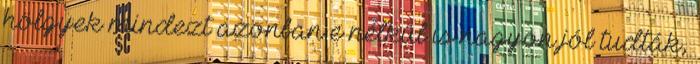
hölgyek mindezt azonban e nélkül is nagyon jól tudták,